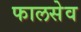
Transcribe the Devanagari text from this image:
फालसेव